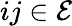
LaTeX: ij\in\mathcal E